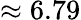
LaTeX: \approx 6.79